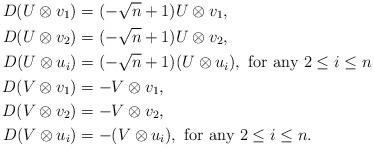
LaTeX: \begin{align*} D (U\otimes v_1) &= (-\sqrt{n} +1)U\otimes v_1,\\ D (U\otimes v_2) &= (-\sqrt{n} +1)U\otimes v_2,\\ D (U \otimes u_i) &= (-\sqrt{n} +1)(U \otimes u_i), \mbox{ for any } 2\leq i\leq n\\ D (V\otimes v_1) &= -V\otimes v_1,\\ D (V\otimes v_2) &= -V\otimes v_2,\\ D (V \otimes u_i) &= -(V \otimes u_i), \mbox{ for any } 2\leq i\leq n. \end{align*}